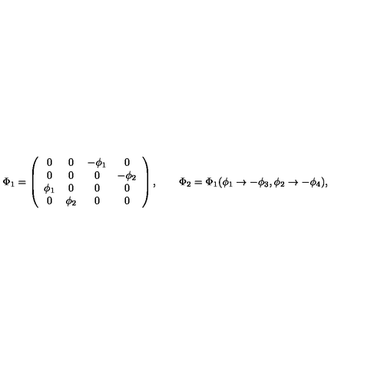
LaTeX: \Phi _ { 1 } = \left( \begin{array} { c c c c } { 0 } & { 0 } & { - \phi _ { 1 } } & { 0 } \\ { 0 } & { 0 } & { 0 } & { - \phi _ { 2 } } \\ { \phi _ { 1 } } & { 0 } & { 0 } & { 0 } \\ { 0 } & { \phi _ { 2 } } & { 0 } & { 0 } \\ \end{array} \right) , \qquad \Phi _ { 2 } = \Phi _ { 1 } ( \phi _ { 1 } \to - \phi _ { 3 } , \phi _ { 2 } \to - \phi _ { 4 } ) ,